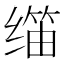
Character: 𬙀